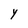
Character: Y